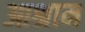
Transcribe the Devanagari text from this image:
आश्राम